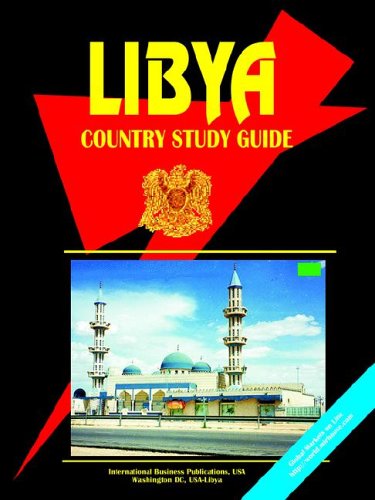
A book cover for Libya Country Study Guide (World Country Study Guide Library); Ibp Usa; Travel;